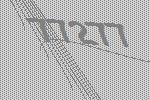
77277